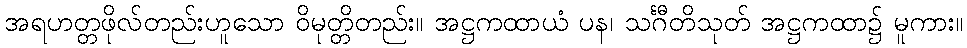
အရဟတ္တဖိုလ်တည်းဟူသော ဝိမုတ္တိတည်း။ အဋ္ဌကထာယံ ပန၊ သင်္ဂီတိသုတ် အဋ္ဌကထာ၌ မူကား။